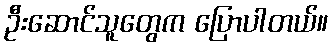
ဦးဆောင်သူတွေက ပြောပါတယ်။